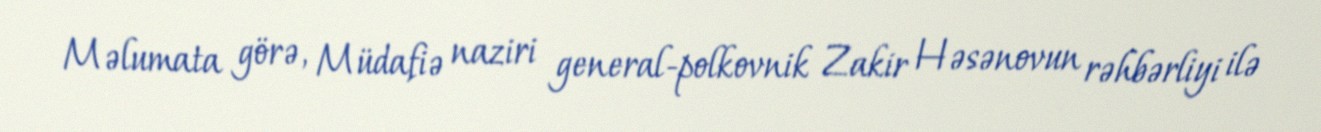
Məlumata görə, Müdafiə naziri general-polkovnik Zakir Həsənovun rəhbərliyi ilə